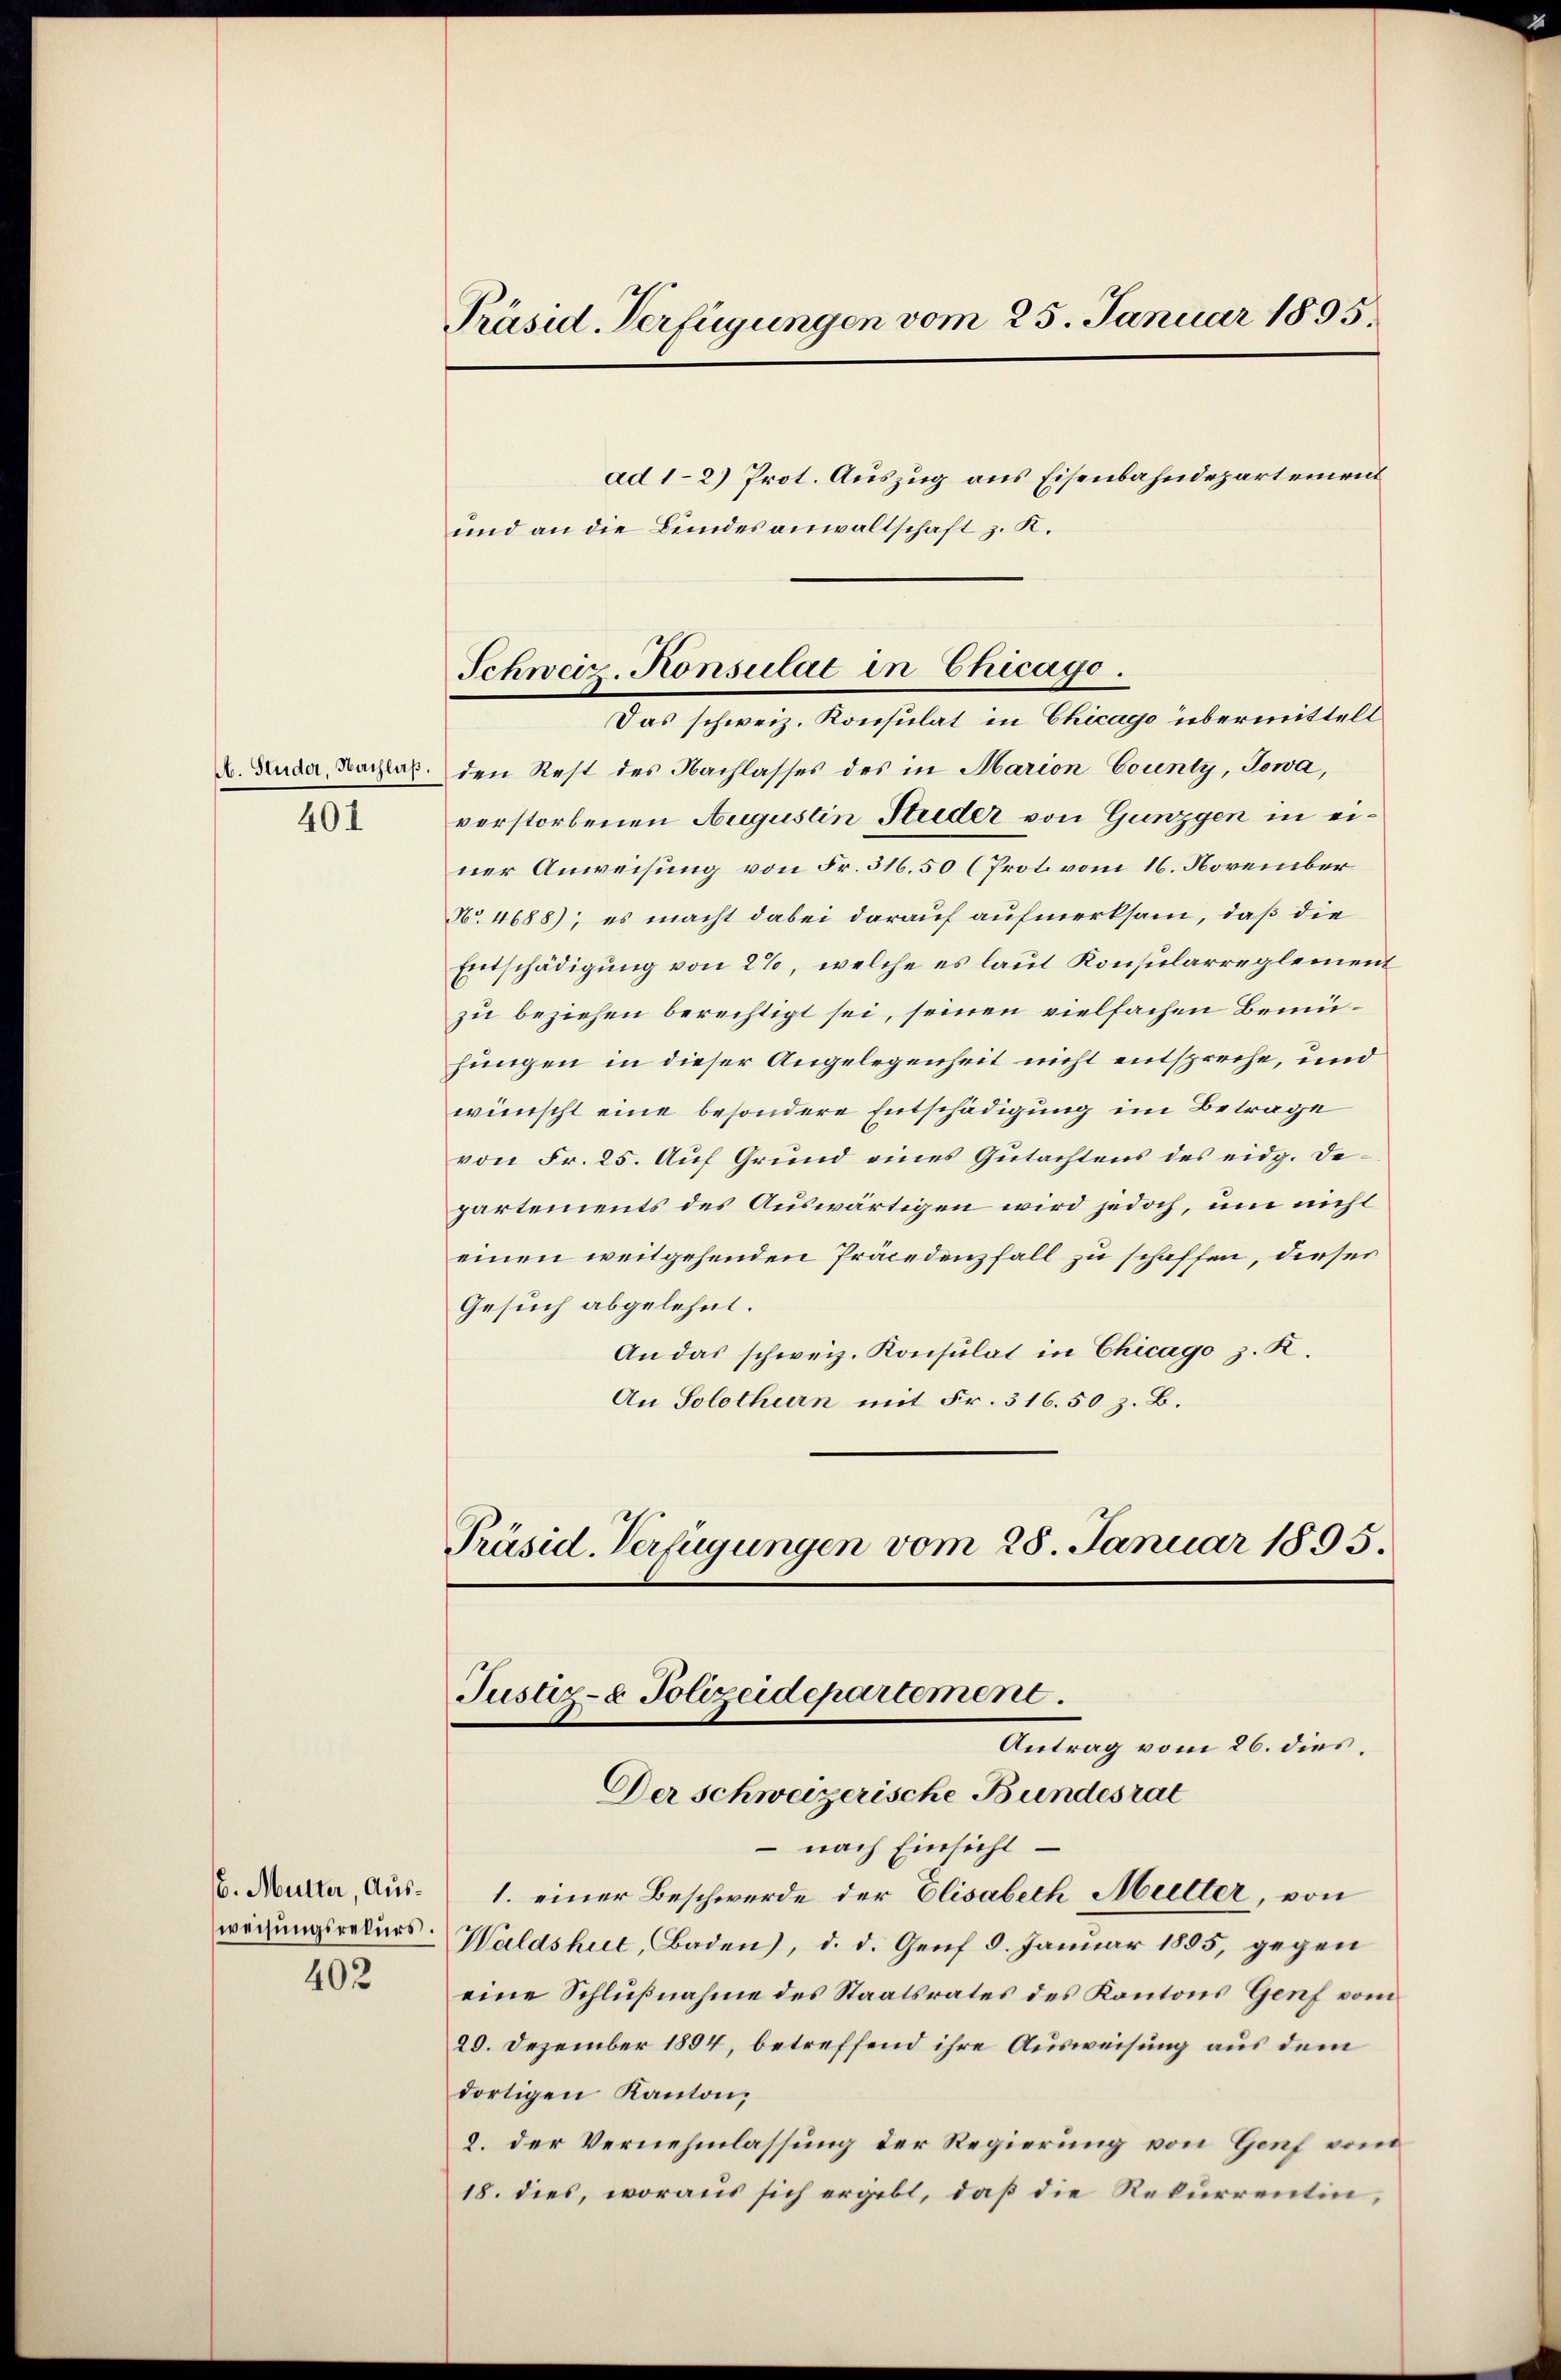
401

6. Mutter, Ausweisungsrekurs.
402

Präsid. Verfügungen vom 25. Januar 1895.

ad 1-2) Prot. Auszug aus Eisenbahndepartement
und an die Bundesanwaltschaft z. K.

Schweiz. Konsulat in Chicago.
Das schweiz. Konsulat in Chicago übermittelt

C. Zuder, Borlas. den Rest des Nachlasses des in Marion County, Jowa,
verstorbenen Augustin Studer von Gunzgen in einer Anweisung von Fr. 316.50 (Prot vom 16. November
No. 4688), es macht dabei darauf aufmerksam, daß die
Entschädigung von 2%, welche es laut Konsularreglement
zu beziehen berechtigt sei, seinen vielfachen Brunhungen in dieser Angelegenheit nicht entspreche, und
wünscht eine besondere Entschädigung im Betrage
von Fr. 25. Auf Grund eines Gutachtens des eidg. Departements des Auswärtigen wird jedoch, um nicht
einen weitgehenden Präcedenfall zu schaffen, dieser
Gesuch abgelehnt.
An das schweiz. Konsulat in Chicago z. K.
An Solothurn mit Fr. 316. 50 z. B.

Justiz- & Polizeidepartement.
Antrag vom 26. dies
Der schweizerische Bundesrat

Präsid. Verfügungen vom 28. Januar 1895.

nach Einsicht
1. einer Beschwerde der Elisabeth Mutter, von
Waldshut, Baden), d. d. Genf 8. Januar 1855, gegen
eine Schlußnahme des Staatsrates des Kantons Genf vom
20. Dezember 1894, betreffend ihre Ausweisung aus dem
dortigen Kanton,
2. der Vernehmlassung der Regierung von Genf vom
18. dies, woraus sich ergibt, daß die Rekurrentin,